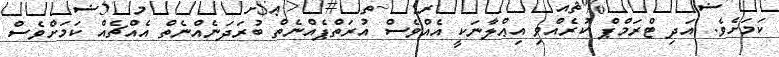
ކަމަށެވެ. އަދި ޓްރަމްޕް ކުރެއްވި އިޢްލާނަކީ އެއްވެސް އުރަތްޕެއްނެތް ބުރަދަނެއްނެތް އެއްޗެއް ކަމަށްވެސް